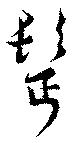
髩